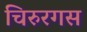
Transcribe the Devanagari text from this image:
चिरुरगस